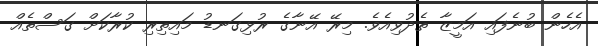
އެހެން ބުނެފައި އަމީޒާ ތެދުވިއެވެ. މިރޭ އޭނާގެ ރުޅިގަނޑު މައިތިރި ކުރާކަށް ގަސްތެއް